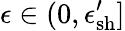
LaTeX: \epsilon\in(0,\epsilon_{\mathrm{sh}}^{\prime}]